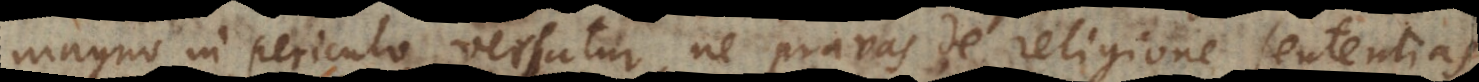
magno in periculo versatur, ne pravas de religione sententias